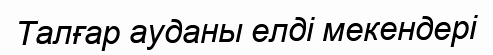
Талғар ауданы елді мекендері